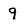
Character: 9